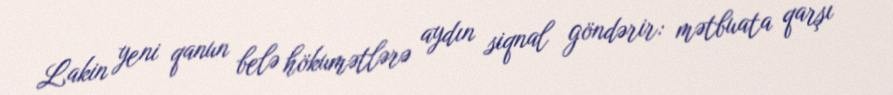
Lakin yeni qanun belə hökumətlərə aydın siqnal göndərir: mətbuata qarşı